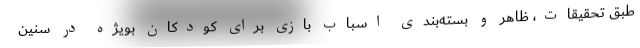
طبق تحقیقات، ظاهر و بسته‌بندی اسباب بازی برای کودکان بویژه در سنین